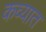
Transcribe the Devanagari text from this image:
कव्यात